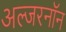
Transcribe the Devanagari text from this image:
अल्जरनॉन